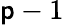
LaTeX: \mathsf{p}-1